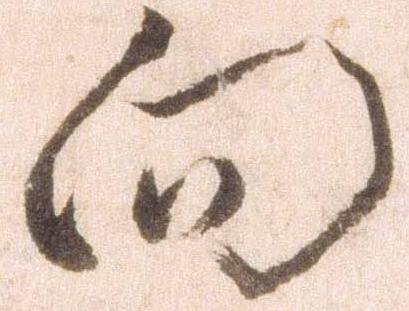
向